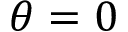
\theta = 0